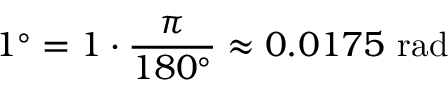
1 ^ { \circ } = 1 \cdot { \frac { \pi } { 1 8 0 ^ { \circ } } } \approx 0 . 0 1 7 5 { \mathrm { ~ r a d } }